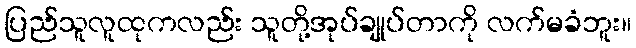
ပြည်သူလူထုကလည်း သူတို့အုပ်ချုပ်တာကို လက်မခံဘူး။